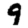
Digit: 9